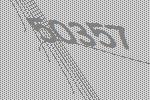
50357